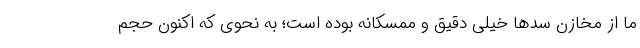
ما از مخازن سد‌ها خیلی دقیق و ممسکانه بوده است؛ به نحوی که اکنون حجم